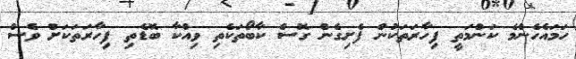
ހަމައެހެންމެ ކަންމަތީ ފިހާރަތަކުން ފެށިގެން ގޮސް ކާބޯތަކެތި ވިއްކާ ބޮޑެތި ފިހާރަތަކަށް ވެސް